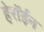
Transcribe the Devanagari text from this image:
हेरॉईन